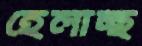
হেলাচ্ছ